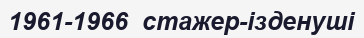
1961-1966  стажер-ізденуші